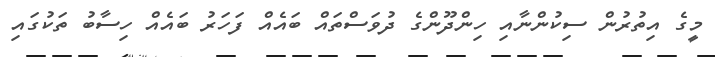
މީގެ އިތުރުން ސިކުންނާއި ހިންދޫންގެ ދުވަސްތައް ބައެއް ފަހަރު ބައެއް ހިސާބު ތަކުގައި